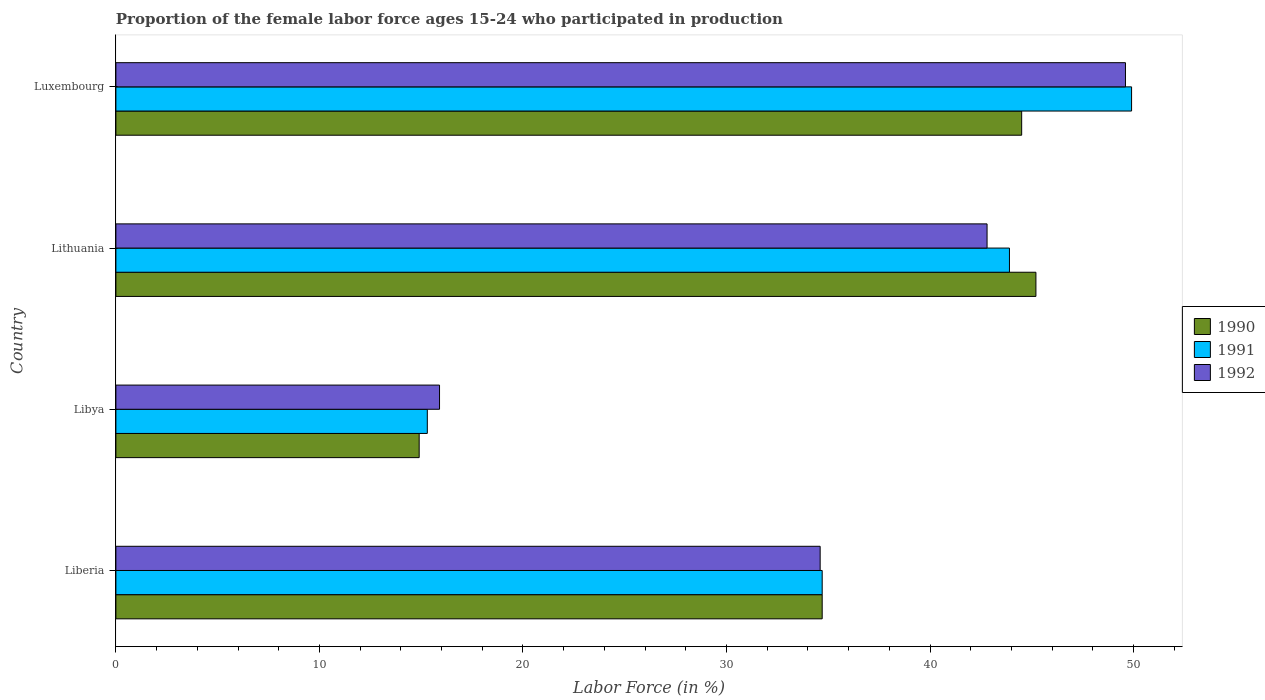
| Country | 1990 | 1991 | 1992 |
 | --- | --- | --- | --- |
 | Liberia | 34.7 | 34.7 | 34.6 |
 | Libya | 14.9 | 15.3 | 15.9 |
 | Lithuania | 45.2 | 43.9 | 42.8 |
 | Luxembourg | 44.5 | 49.9 | 49.6 |